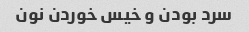
سرد بودن و خیس خوردن نون